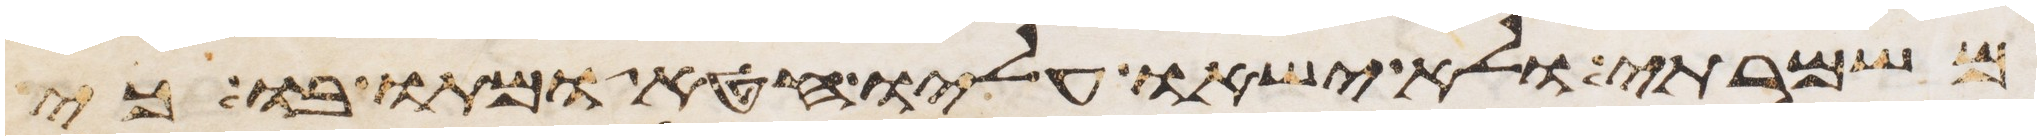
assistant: משמרתי ולא ישאו עליו חטא ומתו בו כי